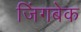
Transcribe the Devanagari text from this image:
जिंगबेक